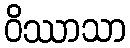
ဝိဿာသာ